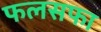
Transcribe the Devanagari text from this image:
फलसफा